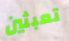
تعبثين